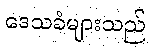
ဒေသခံများသည်